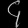
Digit: ၄